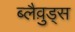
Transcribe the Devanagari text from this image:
ब्लैव़ुड्स